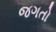
જગતો